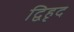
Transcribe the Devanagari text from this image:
द्विहृद